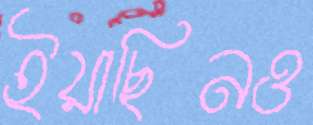
ইয়াছিনও